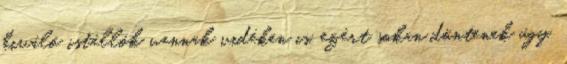
kiváló istállók vannak vidéken is, ezért sokan döntenek úgy,